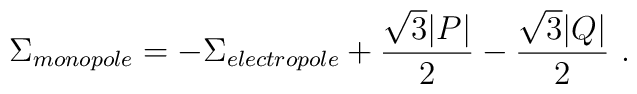
\Sigma_{monopole}= - \Sigma_{electropole} + {\sqrt 3 |P|\over 2} - {\sqrt 3 |Q|\over 2} \ .